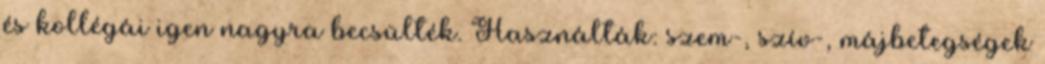
és kollégái igen nagyra becsülték. Használták: szem-, szív-, májbetegségek